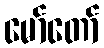
မော်တော်